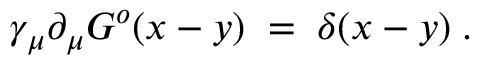
\gamma _ { \mu } \partial _ { \mu } G ^ { o } ( x - y ) \; = \; \delta ( x - y ) \; .